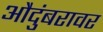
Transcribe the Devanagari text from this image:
औदुंबरावर